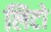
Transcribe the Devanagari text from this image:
लिटो